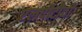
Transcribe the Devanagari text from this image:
एलपीटीवी